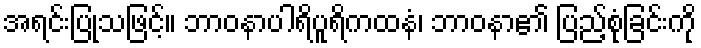
အရင်းပြုသဖြင့်။ ဘာဝနာပါရိပူရိကထနံ၊ ဘာဝနာ၏ ပြည့်စုံခြင်းကို